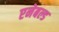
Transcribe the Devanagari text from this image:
एनेबल्ड